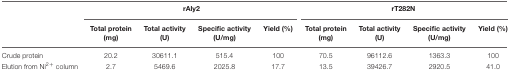
|  | <COLSPAN=4> rAly2 | <COLSPAN=4> rT282N |
 |  | Total protein (mg) | Total activity (U) | Specific activity (U/mg) | Yield (%) | Total protein (mg) | Total activity (U) | Specific activity (U/mg) | Yield (%) |
 | --- | --- | --- | --- | --- | --- | --- | --- | --- |
 | Crude protein | 20.2 | 30611.1 | 515.4 | 100 | 70.5 | 96112.6 | 1363.3 | 100 |
 | Elution from Ni2+ column | 2.7 | 5469.6 | 2025.8 | 17.7 | 13.5 | 39426.7 | 2920.5 | 41.0 |